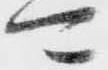
可